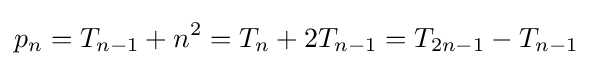
p_{n}=T_{n-1}+n^{2}=T_{n}+2T_{n-1}=T_{2n-1}-T_{n-1}